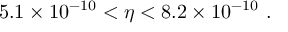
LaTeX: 5 . 1 \times 1 0 ^ { - 1 0 } < \eta < 8 . 2 \times 1 0 ^ { - 1 0 } ~ .